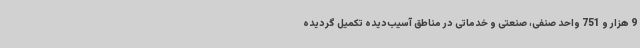
9 هزار و 751 واحد صنفی، صنعتی و خدماتی در مناطق آسیب‌دیده تکمیل گردیده